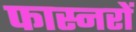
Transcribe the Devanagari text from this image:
फास्नरों